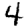
Digit: 4